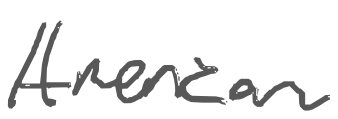
Text: American
Cross-out: clean
Writing tool: digital_gray